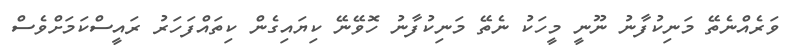
ވަރެއްނެތޭ މަނިކުފާނު ނޫނީ މީހަކު ނެތޭ މަނިކުފާނު ހޮވޭނޭ ކިޔައިގެން ކިތައްފަހަރު ރައީސްކަމަށްވެސް